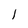
Character: l